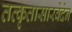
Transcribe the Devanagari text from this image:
तत्कृतासारवेदेन